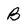
Character: B